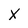
Character: x